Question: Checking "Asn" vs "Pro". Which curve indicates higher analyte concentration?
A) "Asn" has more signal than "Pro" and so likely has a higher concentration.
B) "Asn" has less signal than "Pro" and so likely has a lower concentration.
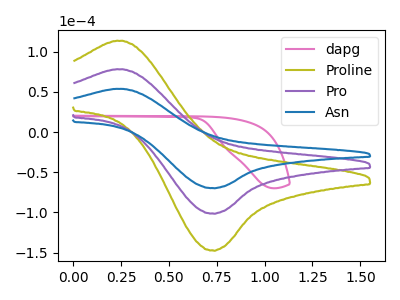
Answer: <think>The pink curve "dapg" has no peaks. The olive curve "Proline" has an anodic peak at (0.25V, 156.40uA) and a cathodic peak at (0.70V, -202.70uA). The purple curve "Pro" has an anodic peak at (0.25V, 78.20uA) and a cathodic peak at (0.70V, -101.35uA). The blue curve "Asn" has an anodic peak at (0.25V, 53.80uA) and a cathodic peak at (0.70V, -69.75uA).
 All the peaks in "Asn" have a peak in "Pro" at the same potential. Every peak in "Asn" is lower than every peak in "Pro".</think>
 <answer>B) "Asn" has less signal than "Pro" and so likely has a lower concentration.</answer>
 <eval>B</eval>